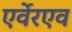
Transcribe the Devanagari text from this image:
एर्वेरएव